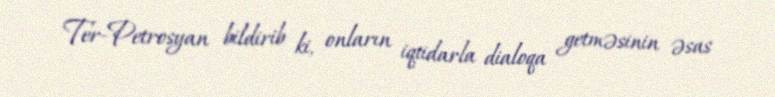
Ter-Petrosyan bildirib ki, onların iqtidarla dialoqa getməsinin əsas